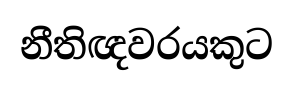
නීතිඥවරයකුට